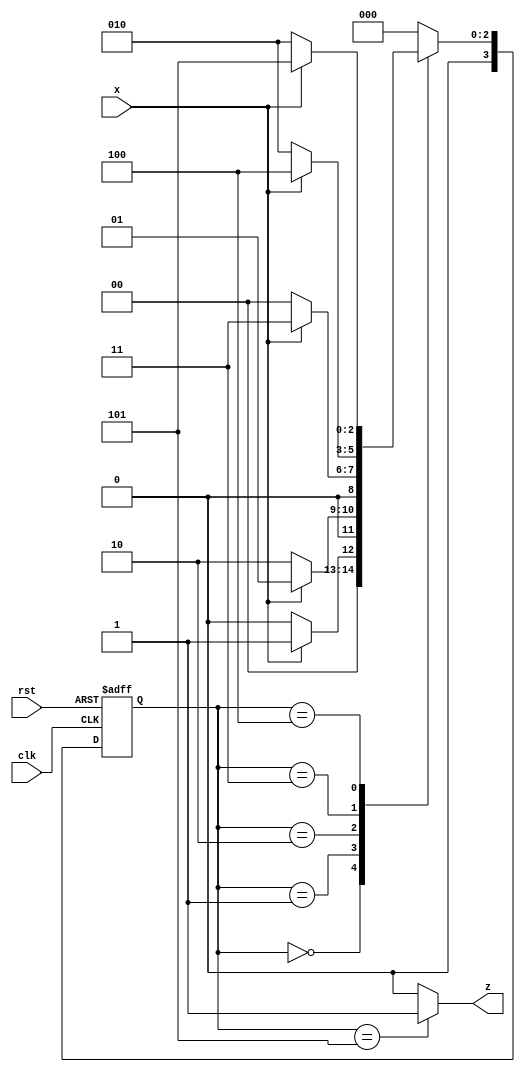
//Design

module mealy_non_overlapping_101111 (input clk, rst, x, output z);
  parameter s0 = 3'b000;
  parameter s1 = 3'b001;
  parameter s2 = 3'b010;
  parameter s3 = 3'b011;
  parameter s4 = 3'b100; 
  parameter s5 = 3'b101;
  
  reg [3:0] state, next_state;
  
  always @(posedge clk or posedge rst) begin
    if(rst) begin 
      state <= s0;
    end
    else state <= next_state;
  end
  
  always @(state or x) begin
    case(state)
      s0: begin
           if(x == 0) next_state = s0;
           else       next_state = s1;
         end
      s1: begin
           if(x == 0) next_state = s2;
           else       next_state = s1;
         end
      s2: begin
           if(x == 0) next_state = s0;
           else       next_state = s3;
         end
      s3: begin
           if(x == 0) next_state = s2;
           else       next_state = s4;
         end
      s4: begin
           if(x == 0) next_state = s2;
           else       next_state = s5; 
         end
      s5: begin
           if(x == 0) next_state = s0;
           else       next_state = s0;
         end
      default: next_state = s0;
    endcase
  end
  assign z = (state == s5)? 1:0;
endmodule